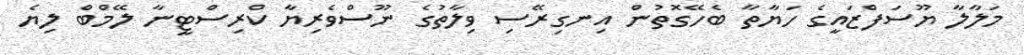
މަލާލާ ޔޫސަފްޒައީގެ ހަޔާތާ ބެހޭގޮތުން އިނގިރޭސި ވިލާތުގެ ނޫސްވެރިޔާ ކްރިސްޓީނާ ލޭމްބް ލިޔެ